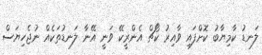
ލަނޑު ކާމިޔާބު ކޮށްފައި ވާއިރު ކޯޗް އެންރީކޭ ވަނީ އޭނާ ލަނޑުތަކެއް ނުޖެހިޔަސް